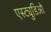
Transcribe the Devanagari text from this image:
एस्ट्युडिओ